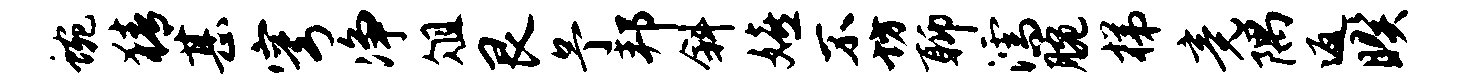
蜿猜甚穹净俎艮予邦斜嬉不坊聊濡腕梯竟隅返暌